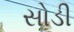
સોડી